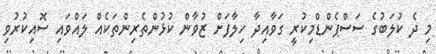
މި ދެ ކުލަބުގެ ސަސްޕެންޑްމިކުރީ ގަވާއިދާ ހިލާފަށް ޒުވާން ކުޅުންތެރިންތަކެއް ލައްވައި ސޮއިކުރުވި